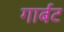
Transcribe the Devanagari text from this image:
गार्बट